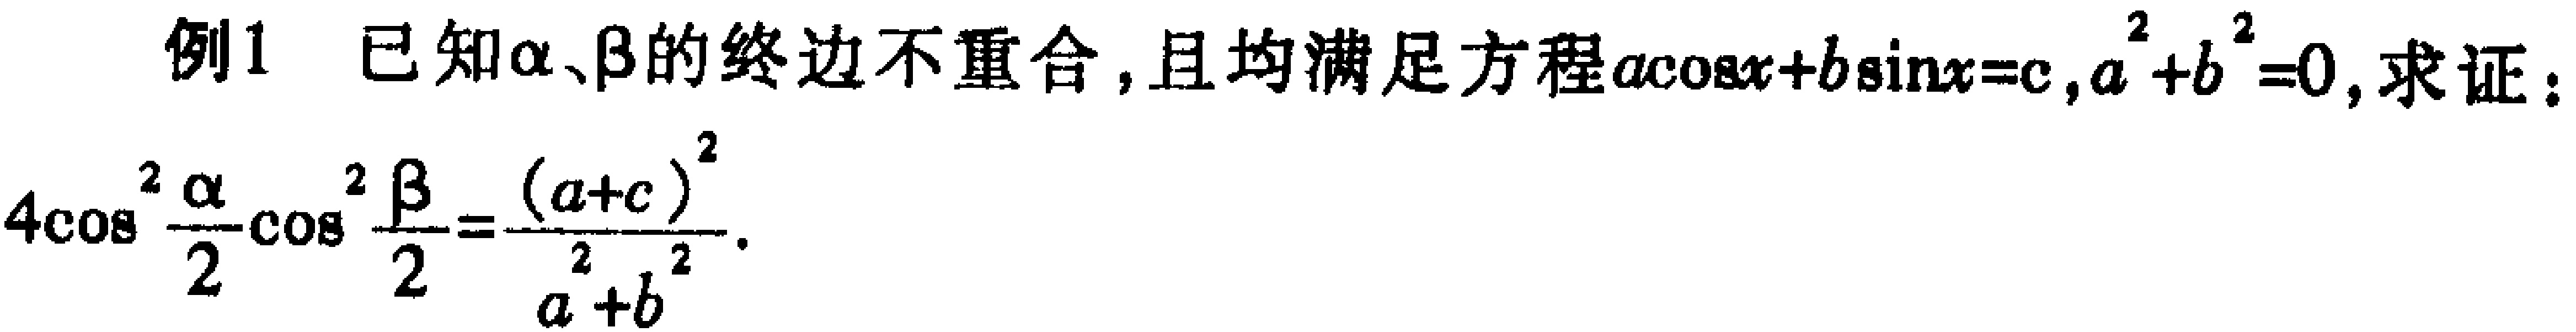
例1 已知\(\alpha、\beta\)的终边不重合，且均满足方程\(a\cos x + b\sin x = c\)，\(a^{2}+b^{2}\neq0\)，求证：
\[4\cos^{2}\frac{\alpha}{2}\cos^{2}\frac{\beta}{2}=\frac{(a + c)^{2}}{a^{2}+b^{2}}.\]